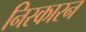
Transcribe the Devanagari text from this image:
निस्कारन